Leaving Certificate Examination (including Day School Certificate (Higher) General paper), 1930
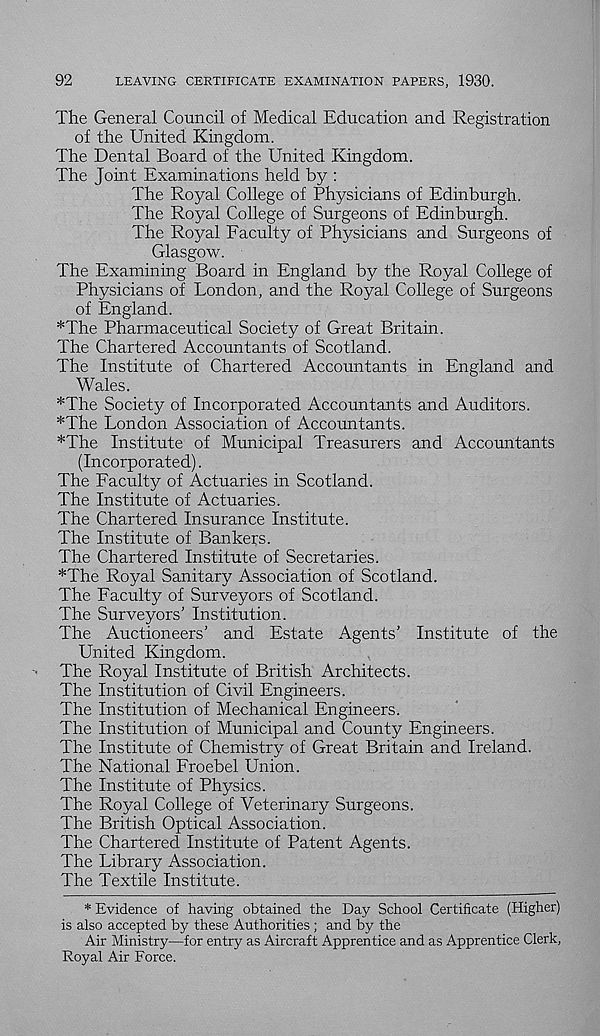
92
LEAVING CERTIFICATE EXAMINATION PAPERS, 1930.
The General Council of Medical Education and Registration
of the United Kingdom.
The Dental Board of the United Kingdom.
The Joint Examinations held by :
The Royal College of Physicians of Edinburgh.
The Royal College of Surgeons of Edinburgh.
The Royal Faculty of Physicians and Surgeons of
Glasgow.
The Examining Board in England by the Royal College of
Physicians of London, and the Royal College of Surgeons
of England.
*The Pharmaceutical Society of Great Britain.
The Chartered Accountants of Scotland.
The Institute of Chartered Accountants in England and
Wades.
*The Society of Incorporated Accountants and Auditors.
*The London Association of Accountants.
*The Institute of Municipal Treasurers and Accountants
(Incorporated).
The Faculty of Actuaries in Scotland.
The Institute of Actuaries.
The Chartered Insurance Institute.
The Institute of Bankers.
The Chartered Institute of Secretaries.
*The Royal Sanitary Association of Scotland.
The Faculty of Surveyors of Scotland.
The Surveyors' Institution.
The Auctioneers’ and Estate Agents’ Institute of the
United Kingdom.
The Royal Institute of British Architects.
The Institution of Civil Engineers.
The Institution of Mechanical Engineers.
The Institution of Municipal and County Engineers.
The Institute of Chemistry of Great Britain and Ireland.
The National Froebel Union.
The Institute of Physics.
The Royal College of Veterinary Surgeons.
The British Optical Association.
The Chartered Institute of Patent Agents.
The Library Association.
The Textile Institute.
* Evidence of having obtained the Day School Certificate (Higher)
is also accepted by these Authorities ; and by the
Air Ministry—for entry as Aircraft Apprentice and as Apprentice Clerk,
Royal Air Force.